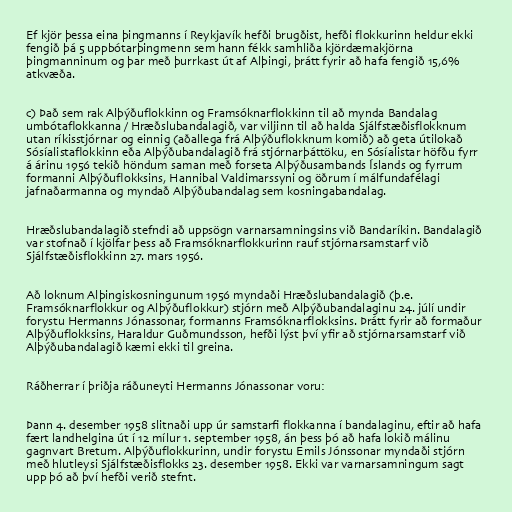
Ef kjör þessa eina þingmanns í Reykjavík hefði brugðist, hefði flokkurinn heldur ekki
fengið þá 5 uppbótarþingmenn sem hann fékk samhliða kjördæmakjörna
þingmanninum og þar með þurrkast út af Alþingi, þrátt fyrir að hafa fengið 15,6%
atkvæða.

c) Það sem rak Alþýðuflokkinn og Framsóknarflokkinn til að mynda Bandalag
umbótaflokkanna / Hræðslubandalagið, var viljinn til að halda Sjálfstæðisflokknum
utan ríkisstjórnar og einnig (aðallega frá Alþýðuflokknum komið) að geta útilokað
Sósíalistaflokkinn eða Alþýðubandalagið frá stjórnarþáttöku, en Sósíalistar höfðu fyrr
á árinu 1956 tekið höndum saman með forseta Alþýðusambands Íslands og fyrrum
formanni Alþýðuflokksins, Hannibal Valdimarssyni og öðrum í málfundafélagi
jafnaðarmanna og myndað Alþýðubandalag sem kosningabandalag.

Hræðslubandalagið stefndi að uppsögn varnarsamningsins við Bandaríkin. Bandalagið
var stofnað í kjölfar þess að Framsóknarflokkurinn rauf stjórnarsamstarf við
Sjálfstæðisflokkinn 27. mars 1956.

Að loknum Alþingiskosningunum 1956 myndaði Hræðslubandalagið (þ.e.
Framsóknarflokkur og Alþýðuflokkur) stjórn með Alþýðubandalaginu 24. júlí undir
forystu Hermanns Jónassonar, formanns Framsóknarflokksins. Þrátt fyrir að formaður
Alþýðuflokksins, Haraldur Guðmundsson, hefði lýst því yfir að stjórnarsamstarf við
Alþýðubandalagið kæmi ekki til greina.

Ráðherrar í þriðja ráðuneyti Hermanns Jónassonar voru:

Þann 4. desember 1958 slitnaði upp úr samstarfi flokkanna í bandalaginu, eftir að hafa
fært landhelgina út í 12 mílur 1. september 1958, án þess þó að hafa lokið málinu
gagnvart Bretum. Alþýðuflokkurinn, undir forystu Emils Jónssonar myndaði stjórn
með hlutleysi Sjálfstæðisflokks 23. desember 1958. Ekki var varnarsamningum sagt
upp þó að því hefði verið stefnt.